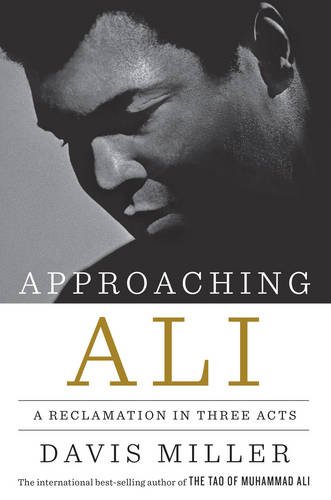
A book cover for Approaching Ali: A Reclamation in Three Acts; Davis Miller; Biographies & Memoirs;